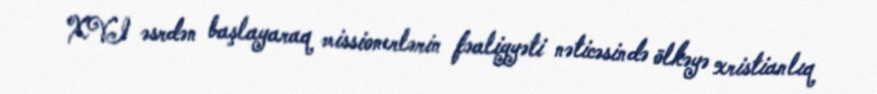
XVI əsrdən başlayaraq missionerlərin fəaliyyəti nəticəsində ölkəyə xristianlıq